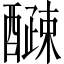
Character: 𫑽